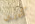
كيرين